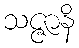
သဇ္ဇာနိ